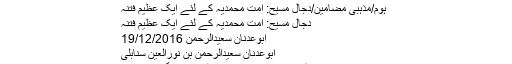
دجال مسیح: امت محمدیہ کے لئے ایک عظیم فتنہ ~ مضامین ڈاٹ کام
ہوم/مذہبی مضامین/دجال مسیح: امت محمدیہ کے لئے ایک عظیم فتنہ
دجال مسیح: امت محمدیہ کے لئے ایک عظیم فتنہ
ابوعدنان سعیدالرحمن 19/12/2016
ابوعدنان سعیدالرحمن بن نورالعین سنابلی
دجال اس دنیا کا سب سے عظیم اور سنگین فتنہ ہے۔